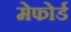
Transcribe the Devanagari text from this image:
मेफोर्ड